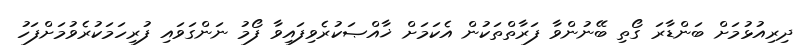
ދިރިއުޅުމަށް ބަންޑާރަ ގޯތި ބޭނުންވާ ފަރާތްތަކުން އެކަމަށް ޚާއްޞަކުރެވިފައިވާ ފޯމު ނަންގަވައި ފުރިހަމަކުރެވުމަށްފަހު